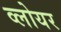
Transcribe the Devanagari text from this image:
व्लोयर